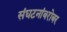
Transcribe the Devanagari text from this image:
संघटनांबरोबर